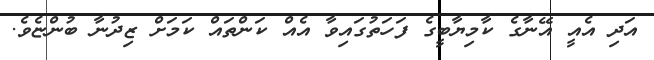
އަދި އެއީ އޭނާގެ ކާމިޔާބީގެ ފަހަތުގައިވާ އެއް ކަންތައް ކަމަށް ޒިދުނާ ބުންޏެވެ.